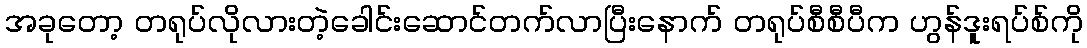
အခုတော့ တရုပ်လိုလားတဲ့ခေါင်းဆောင်တက်လာပြီးနောက် တရုပ်စီစီပီက ဟွန်ဒူးရပ်စ်ကို